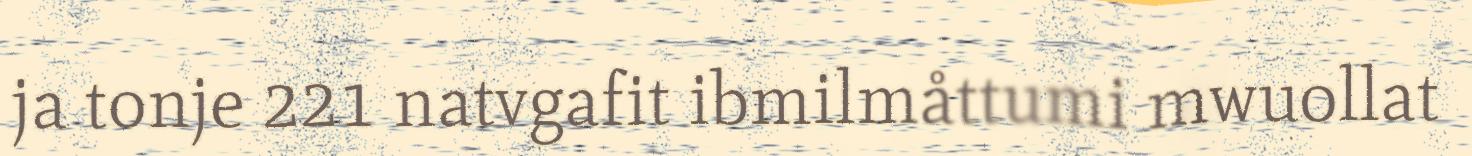
ja tonje 221 natvgafit ibmilmåttumi mwuollat